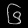
Digit: ၆